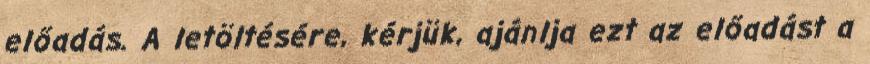
előadás. A letöltésére, kérjük, ajánlja ezt az előadást a